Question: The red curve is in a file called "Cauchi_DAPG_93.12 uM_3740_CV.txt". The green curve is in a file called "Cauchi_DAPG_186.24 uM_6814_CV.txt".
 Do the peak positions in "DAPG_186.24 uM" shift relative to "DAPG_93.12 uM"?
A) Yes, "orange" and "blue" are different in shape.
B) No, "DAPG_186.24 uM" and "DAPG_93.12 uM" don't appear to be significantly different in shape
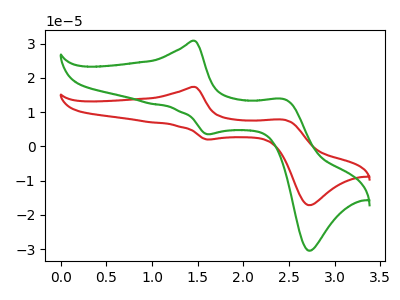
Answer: <think>The red curve "DAPG_93.12 uM" has anodic peaks at (1.45V, 17.35uA) (2.45V, 7.75uA) and cathodic peaks at (1.60V, 2.00uA) (2.75V, -17.15uA). The green curve "DAPG_186.24 uM" has anodic peaks at (1.45V, 30.80uA) (2.45V, 13.70uA) and cathodic peaks at (1.60V, 3.55uA) (2.75V, -30.40uA).
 All the peaks in "DAPG_186.24 uM" have a peak in "DAPG_93.12 uM" at the same potential.</think>
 <answer>B) No, "DAPG_186.24 uM" and "DAPG_93.12 uM" don't appear to be significantly different in shape</answer>
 <eval>B</eval>